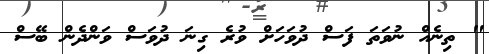
" ތިނެއް ނުވަތަ ފަސް ދުވަހަށް ވުރެ ގިނަ ދުވަސް ވަންދެން ބޭސް